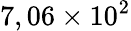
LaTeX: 7,06\times 10^{2}